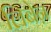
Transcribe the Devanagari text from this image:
लिबेऩ